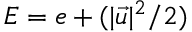
E = e + ( | \vec { u } | ^ { 2 } / 2 )